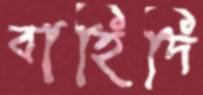
বাহিদি